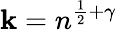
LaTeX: \mathbf{k}=n^{{\frac{{1}}{{2}}}+\gamma}